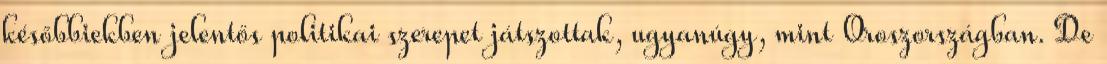
későbbiekben jelentős politikai szerepet játszottak, ugyanúgy, mint Oroszországban. De